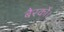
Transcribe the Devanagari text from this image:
बैरकों।